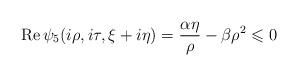
LaTeX: \begin{align*}\operatorname{Re}\psi_5(i\rho,i\tau,\xi+i\eta)=\frac{\alpha\eta}{\rho}-\beta\rho^2 \leqslant 0\end{align*}